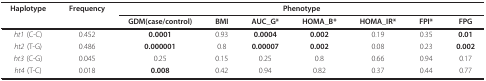
<table><thead><tr><td><b>Haplotype</b></td><td><b>Frequency</b></td><td colspan="7"><b>Phenotype</b></td></tr><tr><td></td><td></td><td><b>GDM(case/control)</b></td><td><b>BMI</b></td><td><b>AUC_G*</b></td><td><b>HOMA_B*</b></td><td><b>HOMA_IR*</b></td><td><b>FPI*</b></td><td><b>FPG</b></td></tr></thead><tbody><tr><td><i>ht1 </i>(C-C)</td><td>0.452</td><td><b>0.0001</b></td><td>0.93</td><td><b>0.0004</b></td><td><b>0.002</b></td><td>0.19</td><td>0.35</td><td><b>0.01</b></td></tr><tr><td><i>ht2 </i>(T-G)</td><td>0.486</td><td><b>0.000001</b></td><td>0.8</td><td><b>0.00007</b></td><td><b>0.002</b></td><td>0.08</td><td>0.23</td><td><b>0.002</b></td></tr><tr><td><i>ht3 </i>(C-G)</td><td>0.045</td><td>0.25</td><td>0.15</td><td>0.25</td><td>0.8</td><td>0.66</td><td>0.94</td><td>0.17</td></tr><tr><td><i>ht4 </i>(T-C)</td><td>0.018</td><td><b>0.008</b></td><td>0.42</td><td>0.94</td><td>0.82</td><td>0.37</td><td>0.44</td><td>0.77</td></tr></tbody></table>